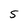
Character: 5